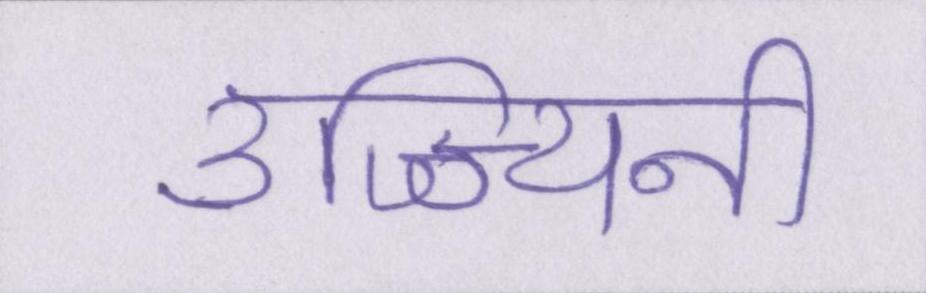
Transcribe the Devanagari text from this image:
उज्ज्यिनी